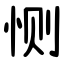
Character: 恻